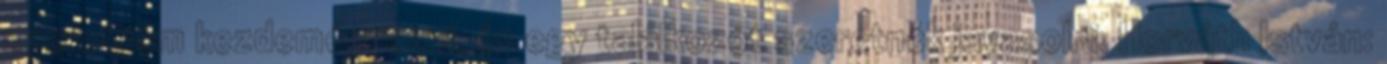
szeretném kezdeményezni, és egy találkozót szeretnék javasolni. Horváth István: